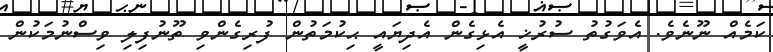
ކަމެއް ނޫނެވެ. އެވަގުތު ސުރުޚީ އެޅިގެން އެދިޔައީ ޙިކުމަތުން ފުރިގެންވި ތޫނުފިލި ވިސްނުމަކުން